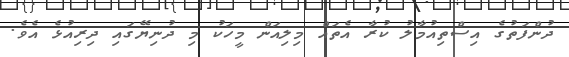
ދުންފަތުގެ އިސްތިއުމާލު ކުރާ އެތައް މިލިއަން މީހަކު މި ދުނިޔޭގައި ދިރިއުޅެ އެވެ.